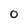
Character: 0